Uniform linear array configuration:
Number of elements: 24
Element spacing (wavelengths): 0.75
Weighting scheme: uniform
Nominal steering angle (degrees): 45
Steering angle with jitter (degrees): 46.888
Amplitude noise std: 0.05
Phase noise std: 0.05

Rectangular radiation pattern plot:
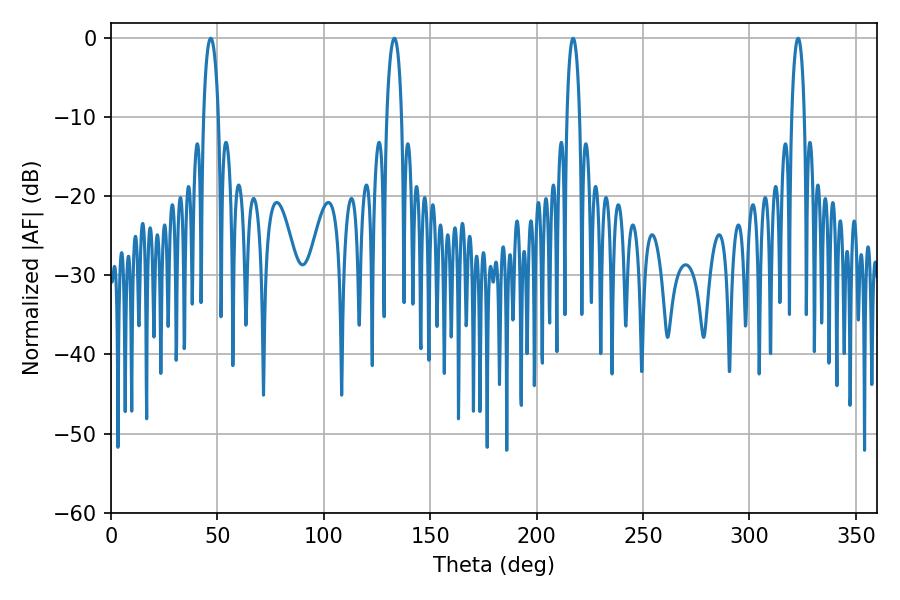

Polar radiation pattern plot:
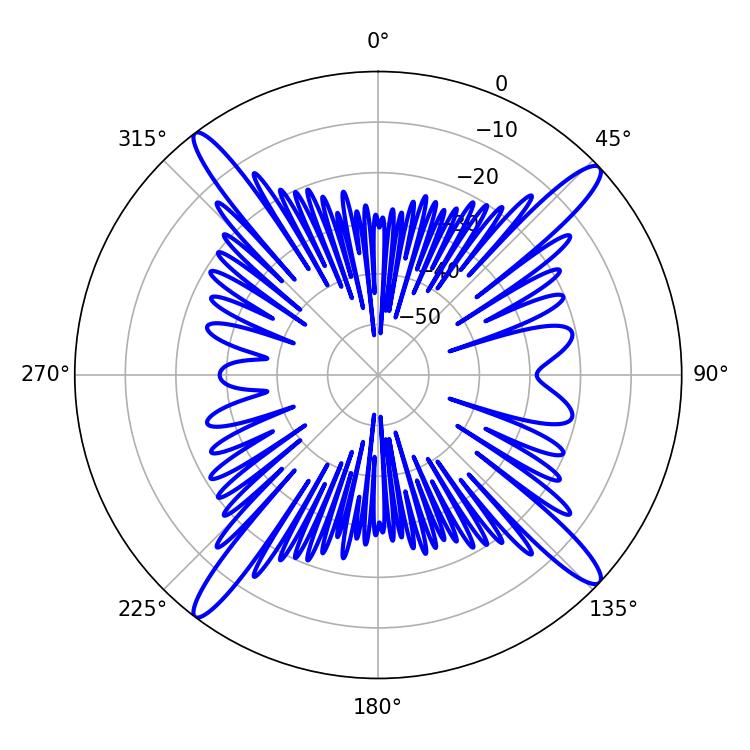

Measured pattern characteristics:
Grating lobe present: TRUE
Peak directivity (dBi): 17.547
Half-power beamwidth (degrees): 3.78
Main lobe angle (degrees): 46.8